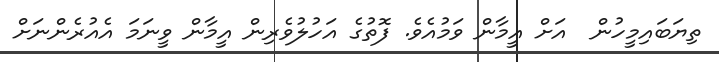
ތިޔަބައިމީހުން  އަށް އީމާން ވަމުއެވެ. ފޮތުގެ އަހުލުވެރިން އީމާން ވީނަމަ އެއުރެންނަށް